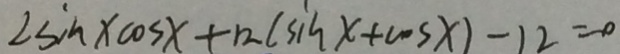
2 \sin \times \cos x + 1 2 ( \sin x + \cos x ) - 1 2 = 0